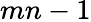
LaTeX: mn-1